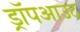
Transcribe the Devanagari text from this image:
ड्रॉपआउट